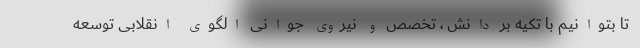
تا بتوانیم با تکیه بر دانش ، تخصص و نیروی جوانی الگوی انقلابی توسعه